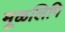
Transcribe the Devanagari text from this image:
मूळलिपि